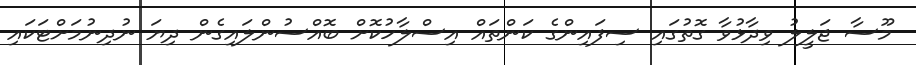
މޫސާ ޖަލީލު ވިދާޅުވާ ގޮތުގައި ސިފައިންގެ ކަންތައް އިސްލާހުކޮށް ބޮއްސުންލައިގެން ދިޔަ ނުދިނުމަށްޓަކައި